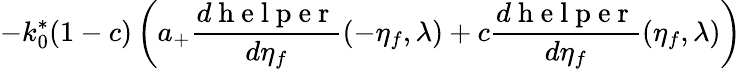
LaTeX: -k_{0}^{*}(1-c)\left(a_{+}\frac{d\mathrm{~h~e~l~p~e~r~}}{d\eta_{f}}(-\eta_{f},\lambda)+c\frac{d\mathrm{~h~e~l~p~e~r~}}{d\eta_{f}}(\eta_{f},\lambda)\right)